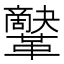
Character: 𩍷